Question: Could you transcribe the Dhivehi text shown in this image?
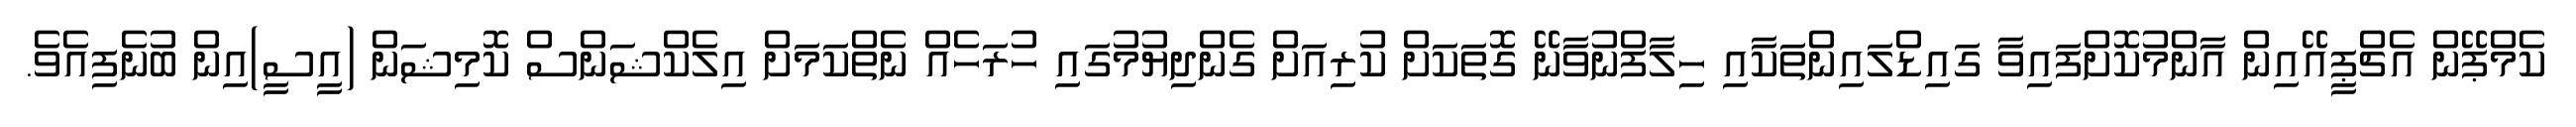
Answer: ކެމްޕޭން އެޗްޕީއޭއިން އާންމުކޮށްފައިވާ ގައިޑްލައިންތަކާއި ހިލާފްނުވާނޭ ގޮތަކަށް ކުރިއަށް ގެންދިޔުމުގައި ހުރަހެއް ނެތްކަމަށް އިލެކްޝަންސް ކޮމިޝަން (އީސީ)އިން ބުނެފިއެވެ.